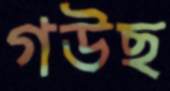
গউছ